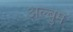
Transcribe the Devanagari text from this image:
अल्बुम